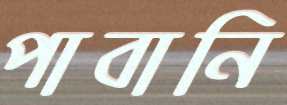
পাবানি